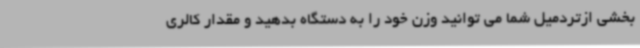
بخشی ازتردمیل شما می توانید وزن خود را به دستگاه بدهید و مقدار کالری